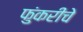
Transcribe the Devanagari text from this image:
फुंकरीचे